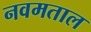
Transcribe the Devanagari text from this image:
नवमताल